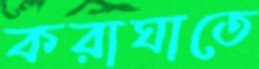
করাঘাতে